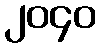
၂၀၄၀